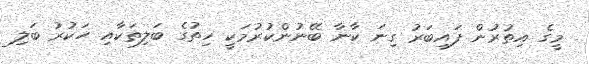
މީގެ އިތުރުން ފައިބަރު ގިނަ ކާނާ ބޭނުންކުރުމަކީ ހިތުގެ ބަލިތަކާއި ހަކުރު ބަލި